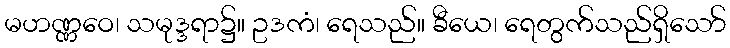
မဟဏ္ဏဝေ၊ သမုဒ္ဒရာ၌။ ဥဒကံ၊ ရေသည်။ ခီယေ၊ ရေတွက်သည်ရှိသော်